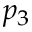
p _ { 3 }